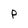
Character: p